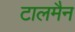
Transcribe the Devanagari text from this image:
टालमैन